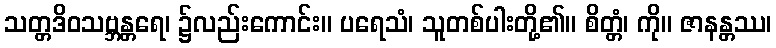
သတ္တဒိဝသဗ္ဘန္တရေ၊ ၌လည်းကောင်း။ ပရေသံ၊ သူတစ်ပါးတို့၏။ စိတ္တံ၊ ကို။ ဇာနန္တဿ၊